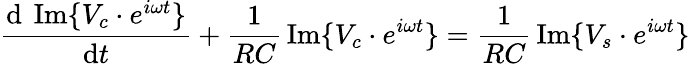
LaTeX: {\frac{\mathrm{d}\ \operatorname{Im}\{ V_{c}\cdot e^{i\omega t}\} }{\mathrm{d}t}}+{\frac{1}{RC}}\operatorname{Im}\{ V_{c}\cdot e^{i\omega t}\} ={\frac{1}{RC}}\operatorname{Im}\{ V_{s}\cdot e^{i\omega t}\}